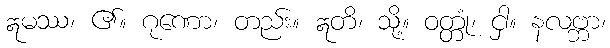
ဣမဿ၊ ၏။ ဂုဏော၊ တည်း။ ဣတိ၊ သို့။ ဝတ္တုံ၊ ငှါ။ နလဗ္ဘာ၊